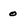
Character: o